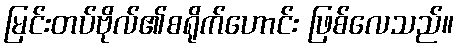
မြင်းတပ်ဗိုလ်၏စရိုက်ဟောင်း ဖြစ်လေသည်။